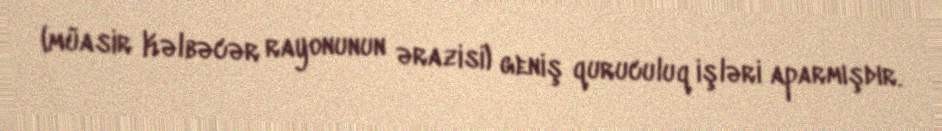
(müasir Kəlbəcər rayonunun ərazisi) geniş quruculuq işləri aparmışdır.